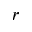
r